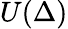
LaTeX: U(\Delta)